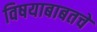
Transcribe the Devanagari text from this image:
विषयाबाबतचे